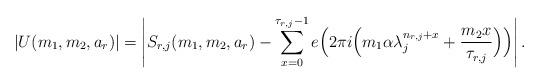
LaTeX: \begin{align*}\left|U(m_1,m_2, a_r)\right| = \left| S_{r,j}(m_1,m_2,a_r) - \sum_{x=0}^{\tau_{r,j}-1} e\Big(2\pi i \Big( m_1 \alpha \lambda_j^{n_{r,j}+x} + \frac{m_2 x}{\tau_{r,j}} \Big)\Big)\right|.\end{align*}